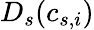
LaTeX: D_{s}{(c_{s,i})}